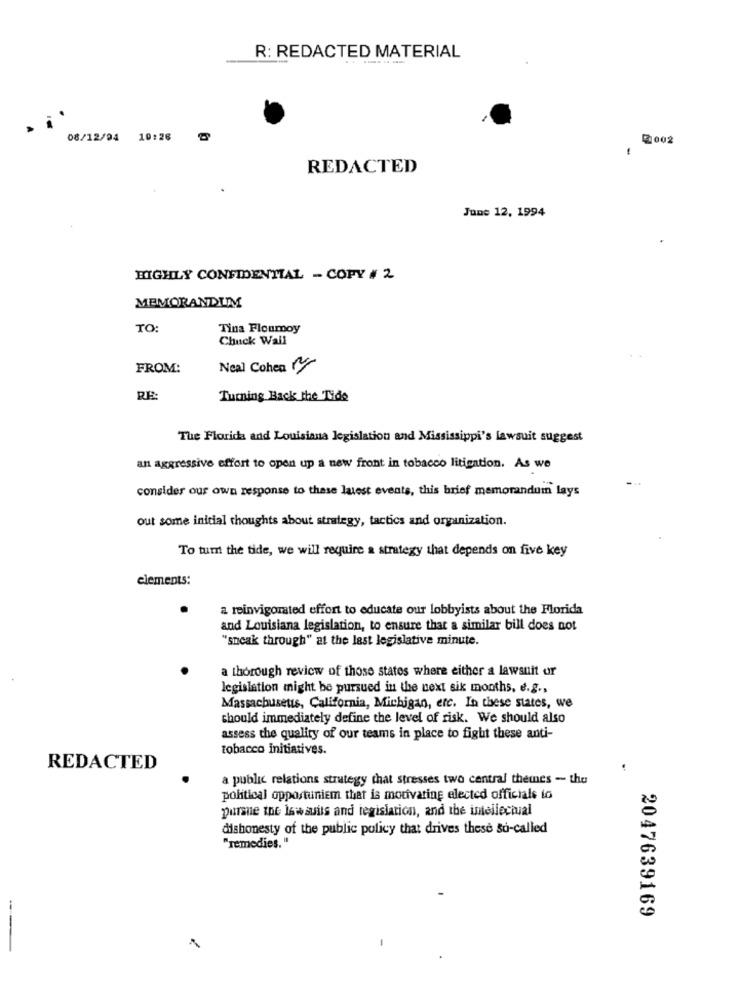
R: REDACTED MATERIAL
---- -
08/12/94 10:26
2002
-
REDACTED
June 12, 1994
.
HIGHLY CONFIDENTIAL - COPY # 2
MEMORANDUM
TO:
Tina Floumoy
Chuck Wall
FROM:
Neal Cohen
RE:
Turning Back the Tide
The Florida and Louisiana legislation and Mississippi's lawsuit suggest
an aggressive effort to open up a new front in tobacco litigation. As we
consider our own response to these latest events, this brief memorandum lays
out some initial thoughts about strategy, tactics and organization.
To tum the tide, we will require a strategy that depends on five key
elements:
a reinvigorated effort to educate our lobbyists about the Florida
and Louisiana legislation, to ensure that a similar bill does not
"sneak through" at the last legislative minute.
a thorough review of those states where either a lawsuit or
legislation might be pursued in the next sik months, e.g .,
Massachusetts, California, Michigan, etc. In these states, we
should immediately define the level of risk. We should also
assess the quality of our teams in place to fight these anti-
tobacco initiatives.
REDACTED
a public relations strategy that stresses two central themes - the
political opportuniem that is motivating elected officials to
purse the lawsuits and legislation, and the intellectual
dishonesty of the public policy that drives these so-called
"remedies. "
2047639169
---